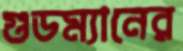
গুডম্যানের